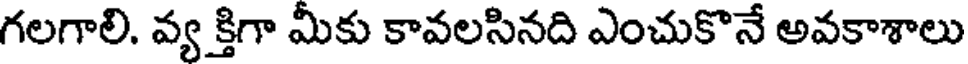
గలగాలి. వ్య క్తిగా మీకు కావలసినది ఎంచుకొనే అవకాశాలు